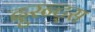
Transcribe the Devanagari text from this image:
दुरन्ट्स